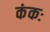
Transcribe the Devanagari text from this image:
कंकः